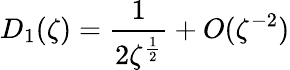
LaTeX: D_{1}(\zeta)=\frac{1}{2\zeta^{\frac 12}}+O(\zeta^{-2})